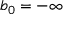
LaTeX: b _ { 0 } = - \infty